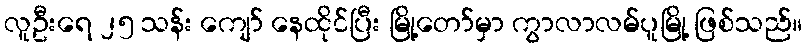
လူဦးရေ ၂၅ သန်း ကျော် နေထိုင်ပြီး မြို့တော်မှာ ကွာလာလမ်ပူမြို့ ဖြစ်သည်။